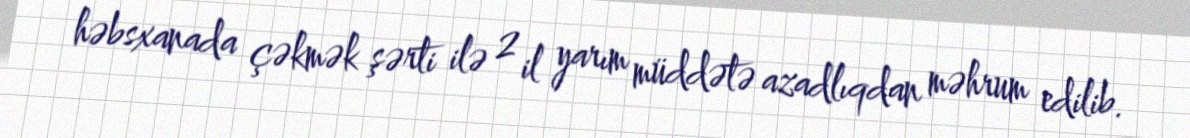
həbsxanada çəkmək şərti ilə 2 il yarım müddətə azadlıqdan məhrum edilib.